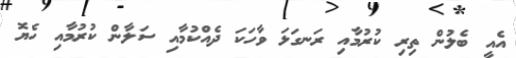
އެއީ ބެލުން ތިރި ކުރުމާއި ރަނގަޅަ ވާހަކަ ދެއްކުމާއި ސަލާން ކުރުމާއި ހެޔޮ